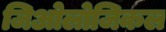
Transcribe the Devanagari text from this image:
जिओलोजिकल